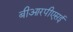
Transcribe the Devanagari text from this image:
बीआरपीएसई